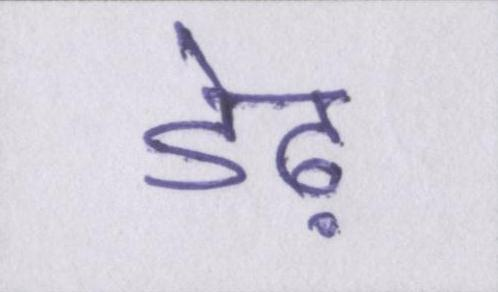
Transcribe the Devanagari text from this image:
डेढ़